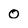
Character: O